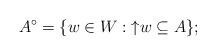
LaTeX: \begin{align*}A^\circ = \{w \in W : {\uparrow} w\subseteq A\};\end{align*}